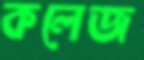
কলেজ